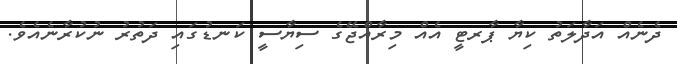
ދެނެއް އަދާލަތު ކިޔާ ޕާރޓީ އެއް މިރާއްޖޭގެ ސިޔާސީ ކަނޑުގައި ދަތުރު ނުކުރާނެއެވެ.